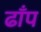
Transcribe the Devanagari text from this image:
ढाँप